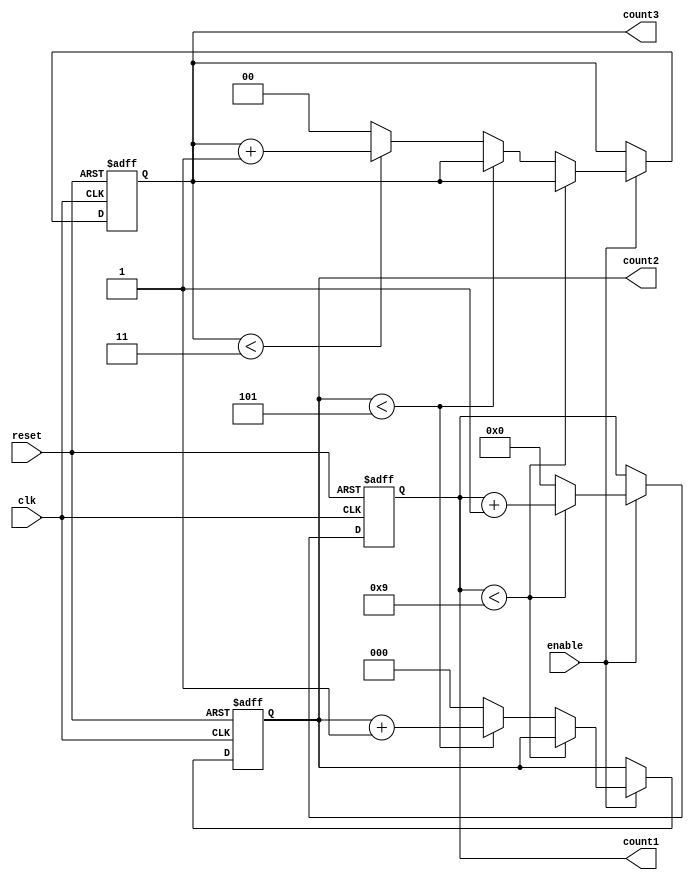
module mixed_radix_counter (
    input wire clk,          // Clock input
    input wire reset,        // Asynchronous reset
    input wire enable,       // Enable signal
    output reg [3:0] count1, // Stage 1 output (Radix 10)
    output reg [2:0] count2, // Stage 2 output (Radix 6)
    output reg [1:0] count3  // Stage 3 output (Radix 4)
);

    // Maximum values for each stage based on their radix
    localparam MAX_COUNT1 = 10; // Radix 10
    localparam MAX_COUNT2 = 6;  // Radix 6
    localparam MAX_COUNT3 = 4;  // Radix 4

    // Sequential logic for counting
    always @(posedge clk or posedge reset) begin
        if (reset) begin
            // Reset all counts to zero
            count1 <= 0;
            count2 <= 0;
            count3 <= 0;
        end else if (enable) begin
            // Stage 1 counting
            if (count1 < MAX_COUNT1 - 1) begin
                count1 <= count1 + 1;
            end else begin
                count1 <= 0; // Reset stage 1
                // Stage 2 counting
                if (count2 < MAX_COUNT2 - 1) begin
                    count2 <= count2 + 1;
                end else begin
                    count2 <= 0; // Reset stage 2
                    // Stage 3 counting
                    if (count3 < MAX_COUNT3 - 1) begin
                        count3 <= count3 + 1;
                    end else begin
                        count3 <= 0; // Reset stage 3
                    end
                end
            end
        end
    end

endmodule